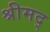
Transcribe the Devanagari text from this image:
श्रीमद्‍